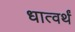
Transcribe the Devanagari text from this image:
धात्वर्थं